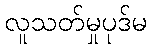
လူသတ်မှုပုဒ်မ